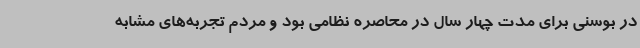
در بوسنی برای مدت چهار سال در محاصره نظامی بود و مردم تجربه‌های مشابه